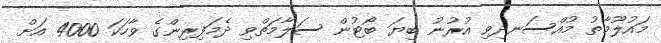
މައުލޫމާތު މުއްސަނދިވި އުރުނު ބިޔަ ބޯޓުން ސަލާމަތްވި ދެމަފިރިންގެ ވާހަކަ 4000 އަށް